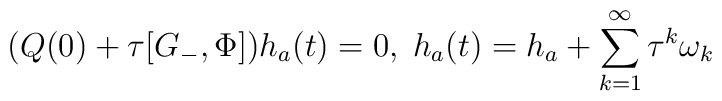
(Q(0)+\tau [  G_{-}, \Phi  ] ) h_a(t)=0, \; h_a(t)=  h_a  +\sum_{k=1}^{\infty}\tau^{k}\omega_k